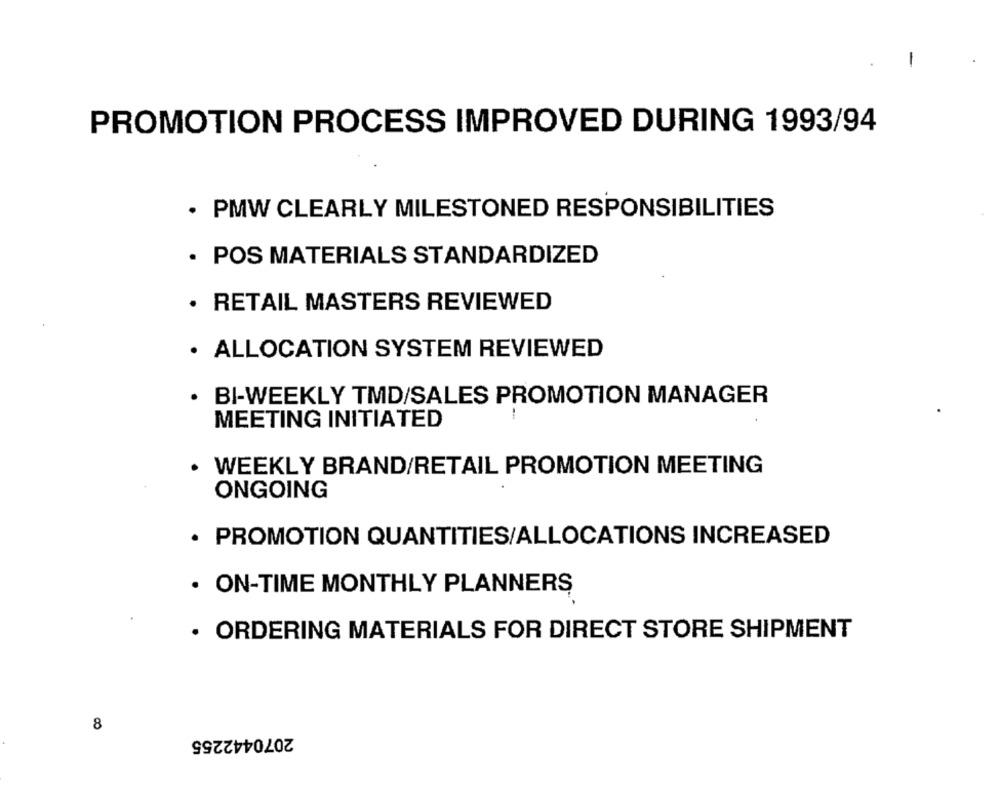
-
PROMOTION PROCESS IMPROVED DURING 1993/94
· PMW CLEARLY MILESTONED RESPONSIBILITIES
· POS MATERIALS STANDARDIZED
· RETAIL MASTERS REVIEWED
· ALLOCATION SYSTEM REVIEWED
BI-WEEKLY TMD/SALES PROMOTION MANAGER
MEETING INITIATED
WEEKLY BRAND/RETAIL PROMOTION MEETING
ONGOING
· PROMOTION QUANTITIES/ALLOCATIONS INCREASED
. ON-TIME MONTHLY PLANNERS
· ORDERING MATERIALS FOR DIRECT STORE SHIPMENT
8
2070442255